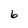
Character: 6